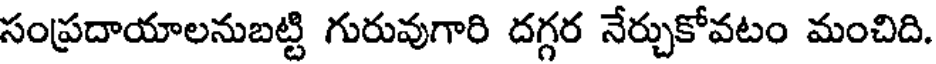
సంప్రదాయాలనుబట్టి గురువుగారి దగ్గర నేర్చుకోవటం మంచిది.